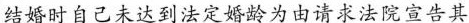
结婚时自己未达到法定婚龄为由请求法院宣告其